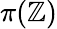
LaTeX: \pi(\mathbb{Z})